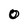
Character: 0